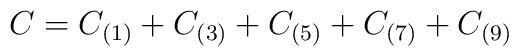
C = C_{(1)} + C_{(3)} + C_{(5)} + C_{(7)} + C_{(9)}